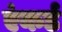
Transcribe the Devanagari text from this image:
एंकर्ड